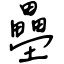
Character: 壘